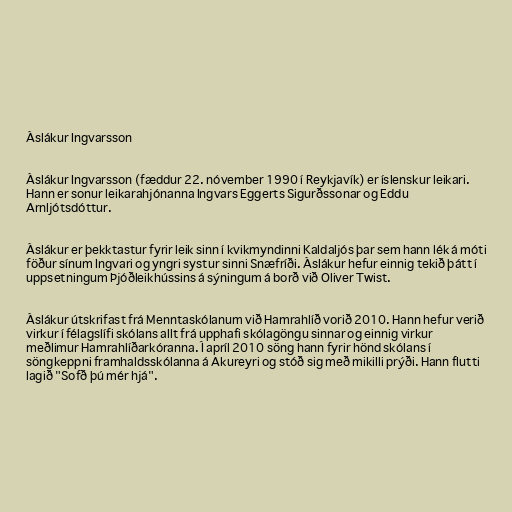
Áslákur Ingvarsson

Áslákur Ingvarsson (fæddur 22. nóvember 1990 í Reykjavík) er íslenskur leikari.
Hann er sonur leikarahjónanna Ingvars Eggerts Sigurðssonar og Eddu
Arnljótsdóttur.

Áslákur er þekktastur fyrir leik sinn í kvikmyndinni Kaldaljós þar sem hann lék á móti
föður sínum Ingvari og yngri systur sinni Snæfríði. Áslákur hefur einnig tekið þátt í
uppsetningum Þjóðleikhússins á sýningum á borð við Oliver Twist.

Áslákur útskrifast frá Menntaskólanum við Hamrahlíð vorið 2010. Hann hefur verið
virkur í félagslífi skólans allt frá upphafi skólagöngu sinnar og einnig virkur
meðlimur Hamrahlíðarkóranna. Í apríl 2010 söng hann fyrir hönd skólans í
söngkeppni framhaldsskólanna á Akureyri og stóð sig með mikilli prýði. Hann flutti
lagið "Sofð þú mér hjá".